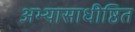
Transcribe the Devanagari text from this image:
अभ्यासाधीष्ठित